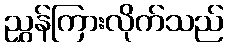
ညွှန်ကြားလိုက်သည်